Annual report of the Punjab Veterinary College and of the Civil Veterinary Department, Punjab - 1920-1925
Year: 1920
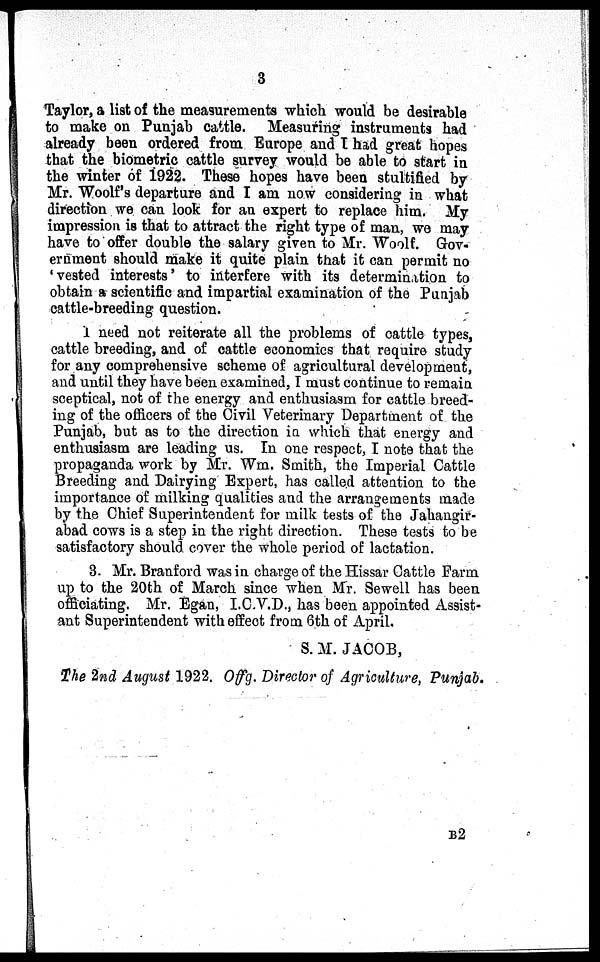
3
Taylor, a list of the measurements which would be desirable
to make on Punjab cattle. Measuring instruments had
already been ordered from Europe and I had great hopes
that the biometric cattle survey would be able to start in
the winter of 1922. These hopes have been stultified by
Mr. Woolf's departure and I am now considering in what
direction we can look for an expert to replace him. My
impression is that to attract the right type of man, we may
have to offer double the salary given to Mr. Woolf. Gov-
ernment should make it quite plain that it can permit no
'vested interests' to interfere with its determination to
obtain a scientific and impartial examination of the Punjab
cattle-breeding question.
I need not reiterate all the problems of cattle types,
cattle breeding, and of cattle economics that require study
for any comprehensive scheme of agricultural development,
and until they have been examined, I must continue to remain
sceptical, not of the energy and enthusiasm for cattle breed-
ing of the officers of the Civil Veterinary Department of the
Punjab, but as to the direction in which that energy and
enthusiasm are leading us. In one respect, I note that the
propaganda work by Mr. Wm. Smith, the Imperial Cattle
Breeding and Dairying Expert, has called attention to the
importance of milking qualities and the arrangements made
by the Chief Superintendent for milk tests of the Jahangir-
abad cows is a step in the right direction. These tests to be
satisfactory should cover the whole period of lactation.
3. Mr. Branford was in charge of the Hissar Cattle Farm
up to the 20th of March since when Mr. Sewell has been
officiating. Mr. Egan, I.C.V.D., has been appointed Assist-
ant Superintendent with effect from 6th of April.
S. M. JACOB,
The 2nd August 1922. Offg. Director of Agriculture, Punjab.
B2